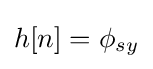
h[n]={\phi }_{sy}